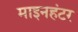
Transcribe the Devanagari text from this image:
माइनहंटर